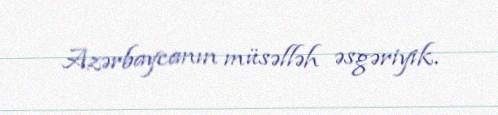
Azərbaycanın müsəlləh əsgəriyik.